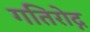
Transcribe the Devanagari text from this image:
गतिरोद्ग